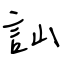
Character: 訕